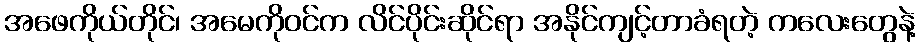
အဖေကိုယ်တိုင်၊ အမေကိုဝင်က လိင်ပိုင်းဆိုင်ရာ အနိုင်ကျင့်တာခံရတဲ့ ကလေးတွေနဲ့